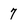
Character: 7